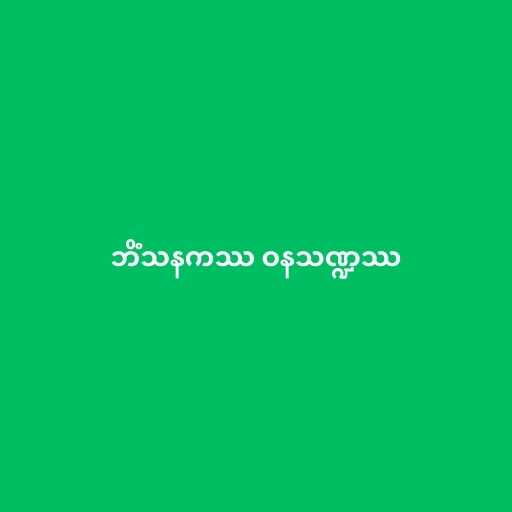
ဘိံသနကဿ ဝနသဏ္ဍဿ